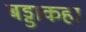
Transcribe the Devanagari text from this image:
बड्डाकहा